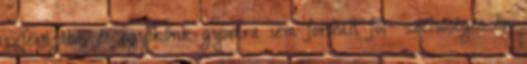
szférájába, és egyikőnk gyomra sem fordult föl- szélsőséges én